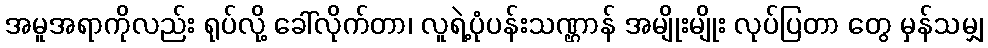
အမူအရာကိုလည်း ရုပ်လို့ ခေါ်လိုက်တာ၊ လူရဲ့ပုံပန်းသဏ္ဌာန် အမျိုးမျိုး လုပ်ပြတာ တွေ မှန်သမျှ